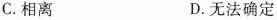
C. 相离 D. 无法确定